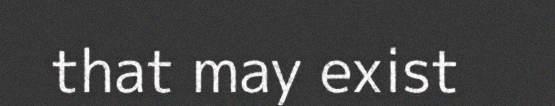
that may exist